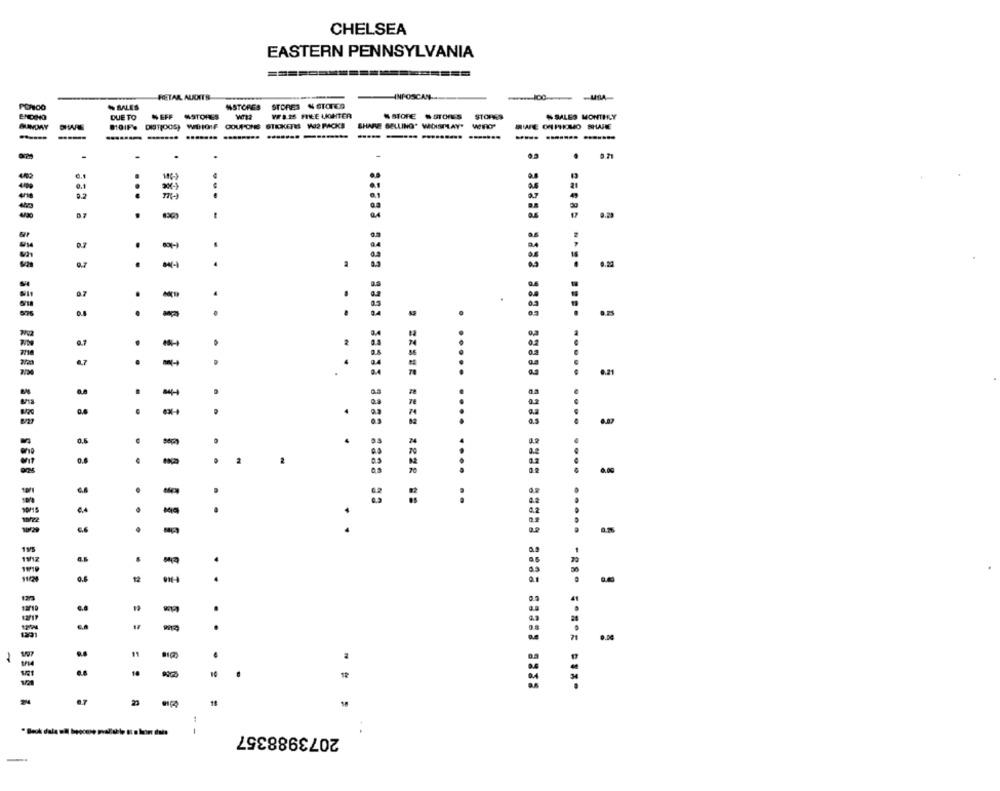
CHELSEA
EASTERN PENNSYLVANIA
INFOSCAN-
RETAR AUDITS
STORES % STORCO
--
% BALES
WSTORES
DUE TO
NEFF STORES
W1.25 FREE UKOINTER
" STORE . STORES
STORES
% SALES MONTHLY
DISTROOS) WBIOIF COUPONS STEKETES WO2 PACKS
SHARE SELLING. WOISPLAY' WIRRO"
-
.
. 0.71
.
..
.
9.7
.
.
...
0.25
.7
.
.
-
.
...
-
0.21
..
.....
..
.
....
0.
..
. .
0.2
..
-
....
..........
. .
..
6.6
.
.....
..
195
.
.
12
.
.
18
.
1
.
12
- -
2073988357
-